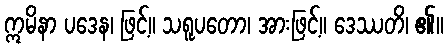
ဣမိနာ ပဒေန၊ ဖြင့်။ သရူပတော၊ အားဖြင့်။ ဒေဿတိ၊ ၏။